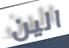
الين